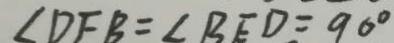
\angle D F B = \angle B E D = 9 0 ^ { \circ }